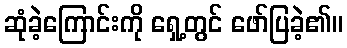
ဆုံခဲ့ကြောင်းကို ရှေ့တွင် ဖော်ပြခဲ့၏။